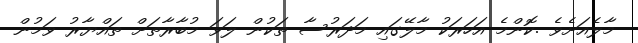
މާލެއަށެވެ .ކޮންމެ އަހަރަކު މާލޭގައި މަދަރުސާ ތަކުން ލަވަ މުބާރާތަށް ތައްޔާރު ވަމުން